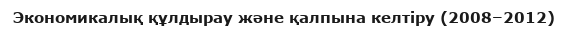
Экономикалық құлдырау және қалпына келтіру (2008–2012)